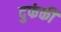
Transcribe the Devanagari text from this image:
दुफंकी